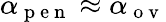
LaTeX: \alpha_{\mathrm{~p~e~n~}}\approx\alpha_{\mathrm{~o~v~}}